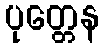
ပုတ္တေန